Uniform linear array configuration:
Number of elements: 4
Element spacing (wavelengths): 0.5
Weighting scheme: hann
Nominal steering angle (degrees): -15
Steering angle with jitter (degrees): -13.851
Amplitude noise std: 0.05
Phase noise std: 0.05

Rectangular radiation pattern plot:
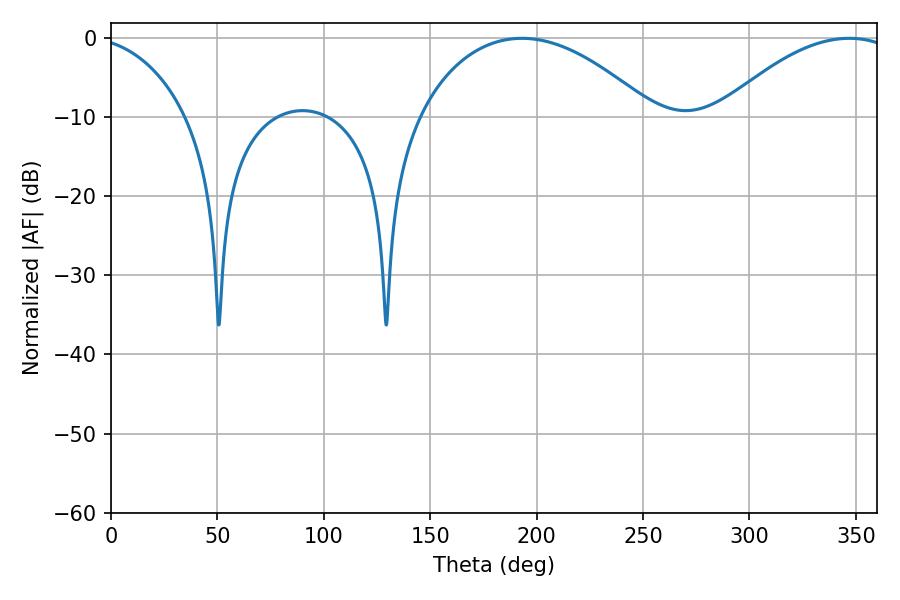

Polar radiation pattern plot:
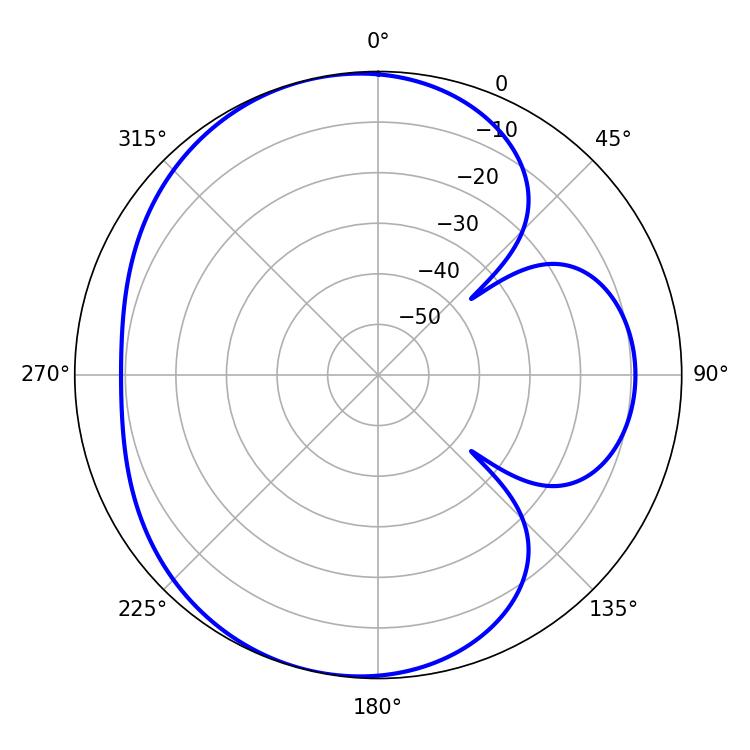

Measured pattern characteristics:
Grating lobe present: FALSE
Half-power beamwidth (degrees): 62.28
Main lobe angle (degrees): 193.14